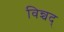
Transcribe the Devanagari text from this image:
विन्चद्